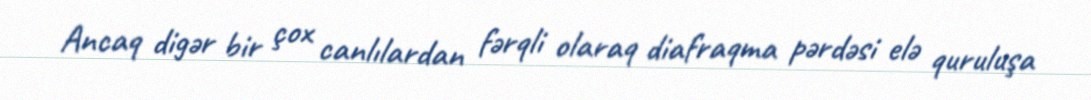
Ancaq digər bir çox canlılardan fərqli olaraq diafraqma pərdəsi elə quruluşa